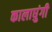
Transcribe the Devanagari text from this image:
कालाघुंगी